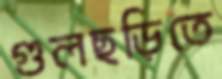
গুলছড়িতে